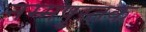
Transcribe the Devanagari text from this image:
नम्मपुस्तक